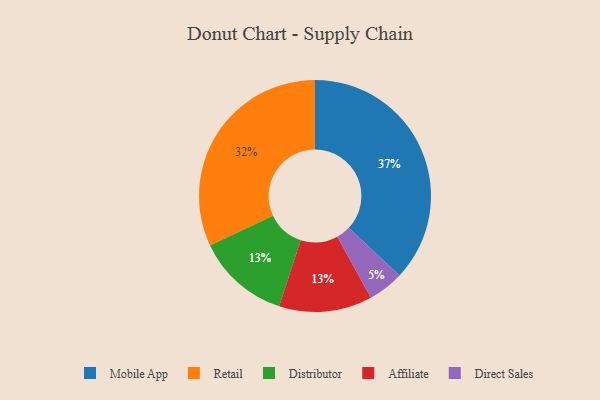
{"axis": {"x": "Category", "y": "Percentage"}, "legend": ["Affiliate", "Direct Sales", "Distributor", "Mobile App", "Retail"], "data": [{"x": "Direct Sales", "y": 5, "type": "Direct Sales"}, {"x": "Distributor", "y": 13, "type": "Distributor"}, {"x": "Mobile App", "y": 37, "type": "Mobile App"}, {"x": "Affiliate", "y": 13, "type": "Affiliate"}, {"x": "Retail", "y": 32, "type": "Retail"}]}